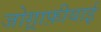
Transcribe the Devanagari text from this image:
जोग़्राफ़ीयाई